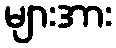
များအား